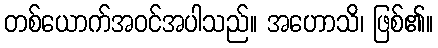
တစ်ယောက်အဝင်အပါသည်။ အဟောသိ၊ ဖြစ်၏။